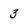
Character: 3